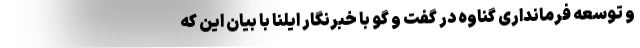
و توسعه فرمانداری گناوه در گفت و گو با خبرنگار ایلنا با بیان این که